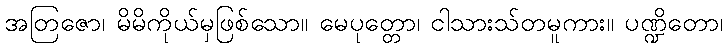
အတြဇော၊ မိမိကိုယ်မှဖြစ်သော။ မေပုတ္တော၊ ငါသားသ်တမူကား။ ပဏ္ဍိတော၊